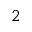
2